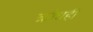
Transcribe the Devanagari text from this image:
क्रोधही